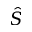
\hat { S }